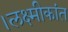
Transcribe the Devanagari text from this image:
।लक्ष्मीकांत